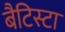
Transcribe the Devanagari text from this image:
बैटिस्टा